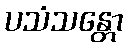
ပသံသန္တော